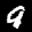
Label: 9